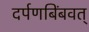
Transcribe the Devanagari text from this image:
दर्पणबिंबवत्